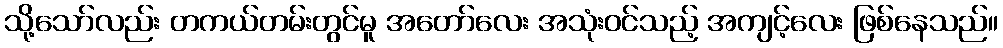
သို့သော်လည်း တကယ်တမ်းတွင်မူ အတော်လေး အသုံးဝင်သည့် အကျင့်လေး ဖြစ်နေသည်။